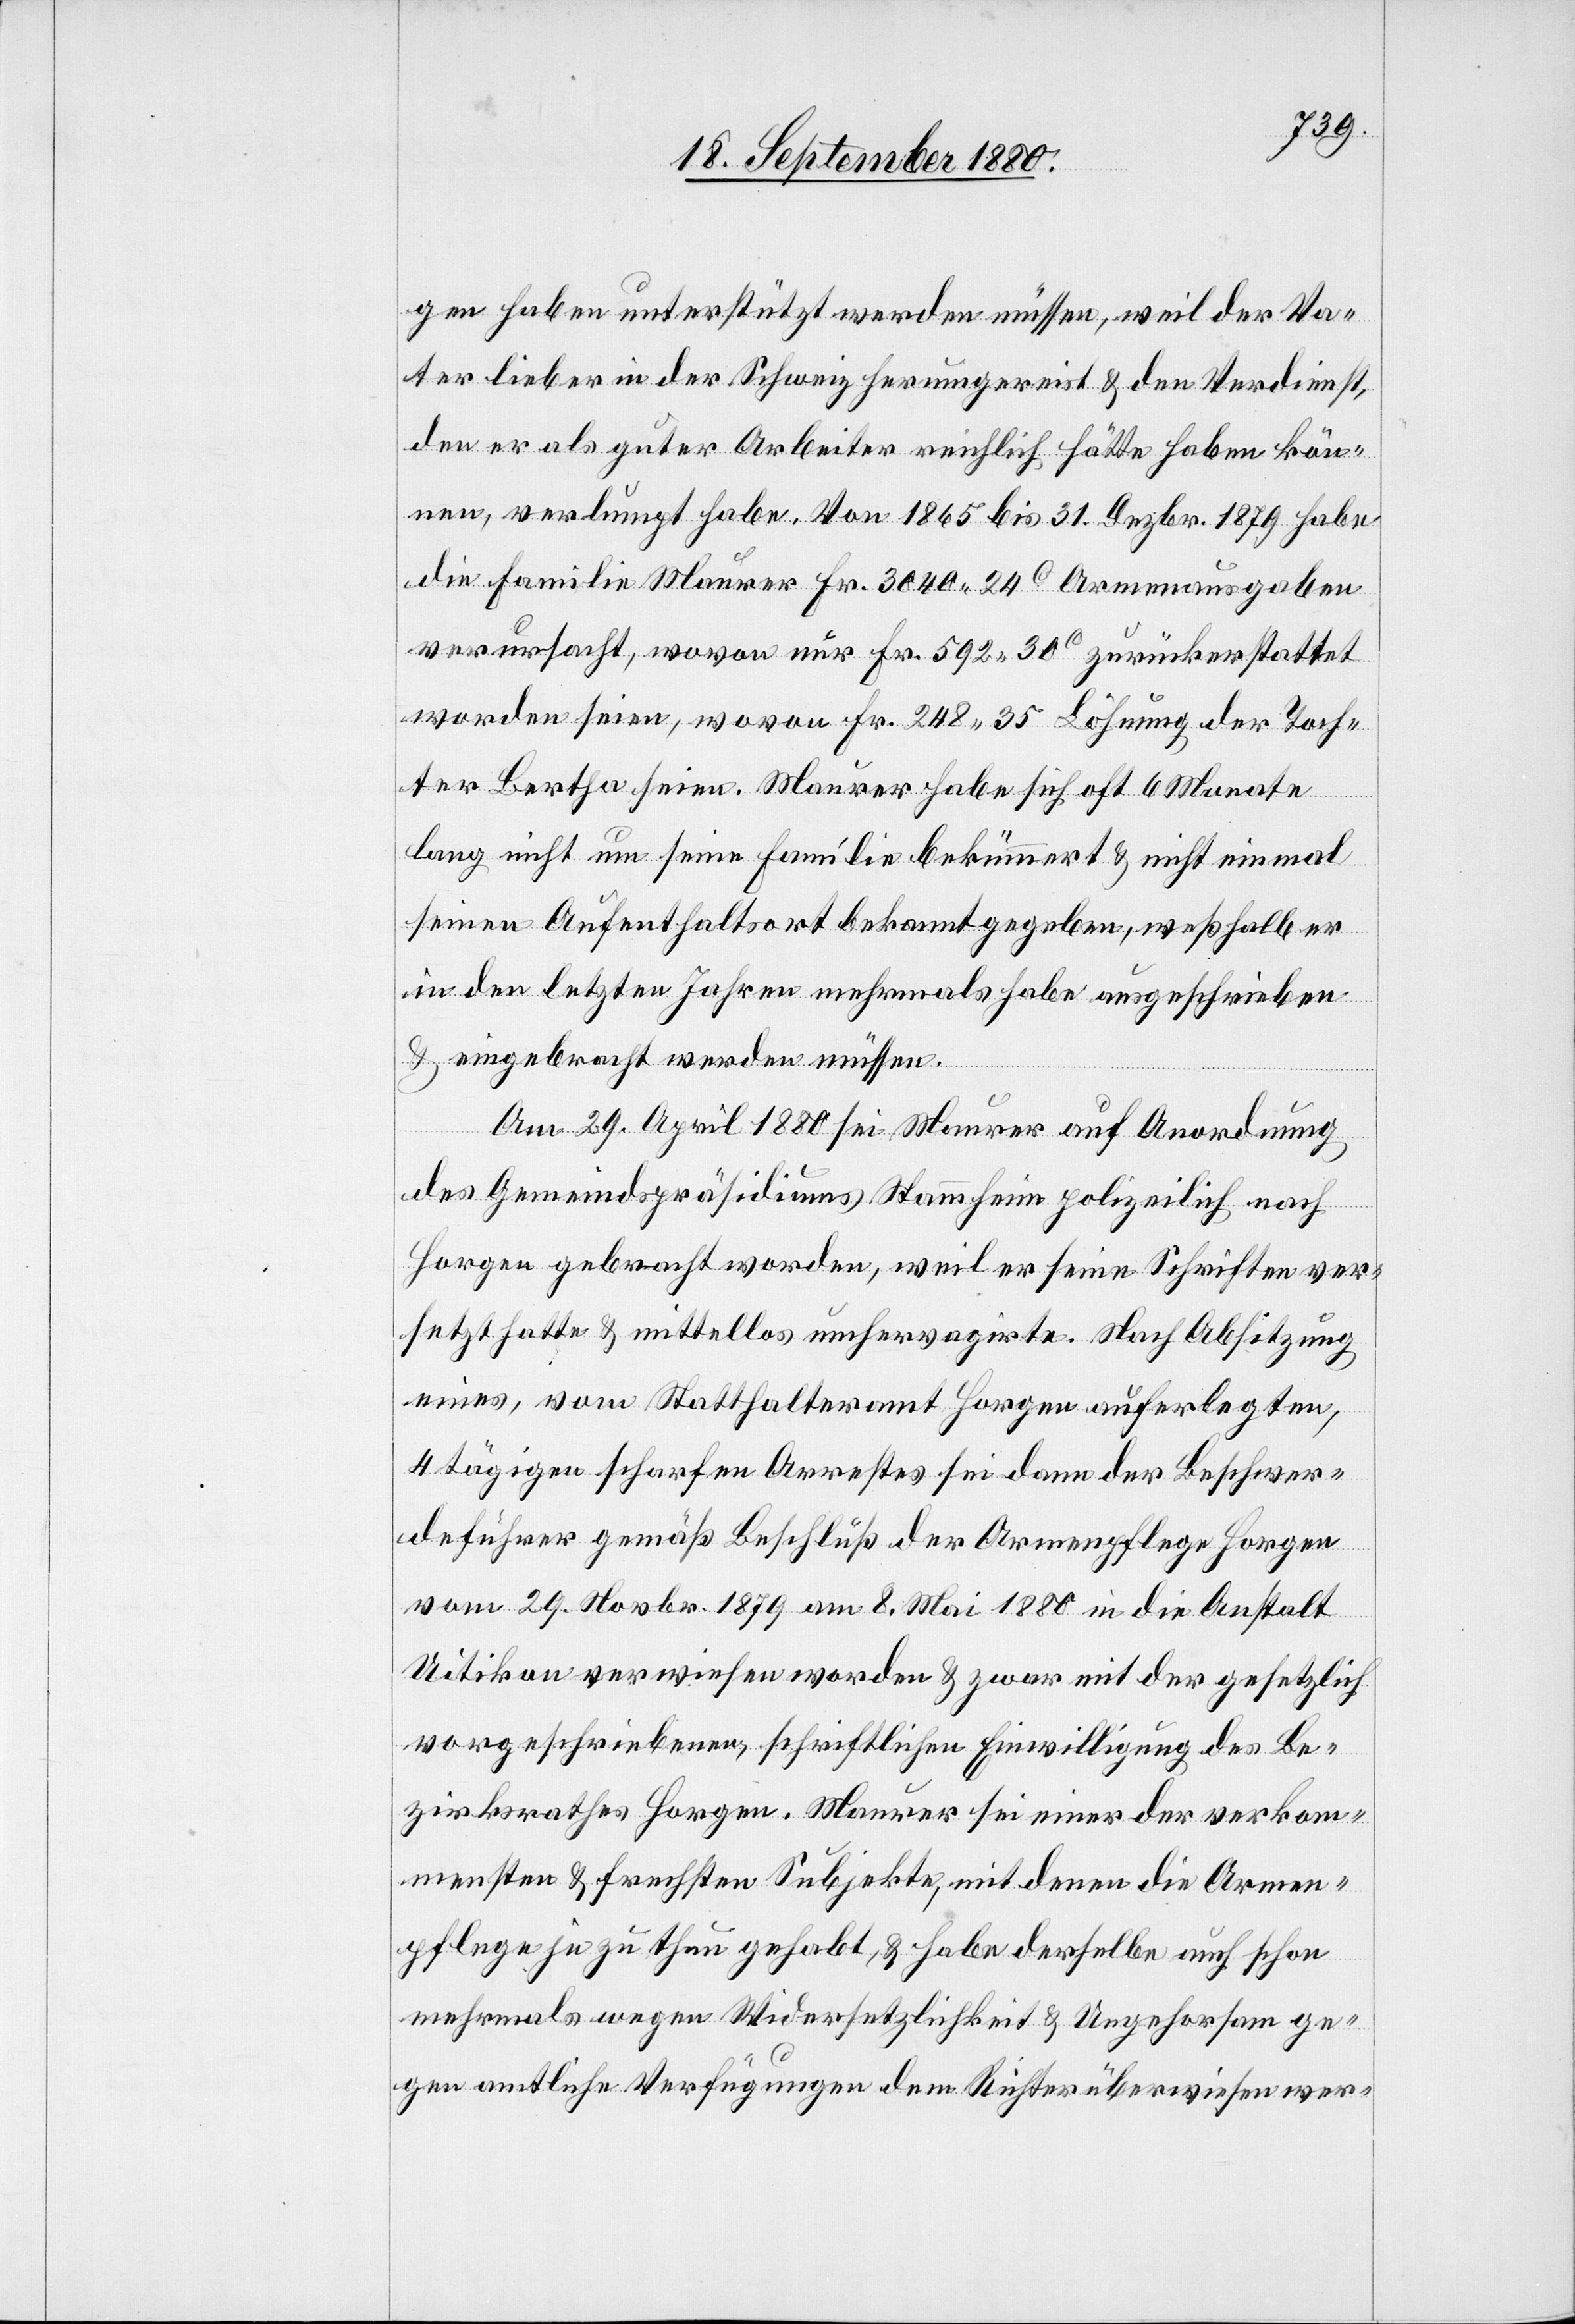
gen haben unterstützt werden müssen, weil der Va¬
ter lieber in der Schweiz herumgereist & den Verdienst,
den er als guter Arbeiter reichlich hätte haben kön¬
nen, verlumpt habe. Von 1865 bis 31. Dezbr. 1879 habe
die Familie Maurer Fr. 3040 24c Armenausgaben
verursacht, wovon nur Fr. 592 30c zurückerstattet
worden seien, wovon Fr. 248 35 Löhnung der Toch¬
ter Bertha seien. Maurer habe sich oft 6 Monate
lang nicht um seine Familie bekümmert & nicht einmal
seinen Aufenthaltsort bekannt gegeben, weshalb er
in den letzten Jahren mehrmals habe ausgeschrieben
& eingebracht werden müssen.
Am 29. April 1880 sei Maurer auf Anordnung
des Gemeindspräsidiums Stammheim polizeilich nach
Horgen gebracht worden, weil er seine Schriften ver¬
setzt hatte & mittellos umhervagirte. Nach Absitzung
eines, vom Statthalteramt Horgen auferlegten,
4 tägigen scharfen Arrestes sei dann der Beschwer¬
deführer gemäß Beschluß der Armenpflege Horgen
vom 29. Novbr. 1879 am 8. Mai 1880 in die Anstalt
Uitikon verwiesen worden & zwar mit der gesetzlich
vorgeschriebenen, schriftlichen Einwilligung des Be¬
zirksrathes Horgen. Maurer sei einer [sic!] der verkom¬
mensten & frechsten Subjekte, mit denen die Armen¬
pflege je zu thun gehabt, & habe derselbe auch schon
mehrmals wegen Widersetzlichkeit & Ungehorsam ge¬
gen amtliche Verfügung dem Richter überwiesen wer-